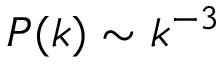
P ( k ) \sim k ^ { - 3 }